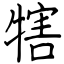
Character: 犗